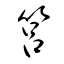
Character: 筥